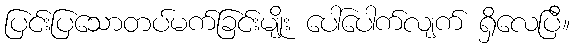
ပြင်းပြသောတပ်မက်ခြင်းမျိုး ပေါ်ပေါက်လျက် ရှိလေပြီ။